Burma Government Medical School reports 1923-41
Year: 1923
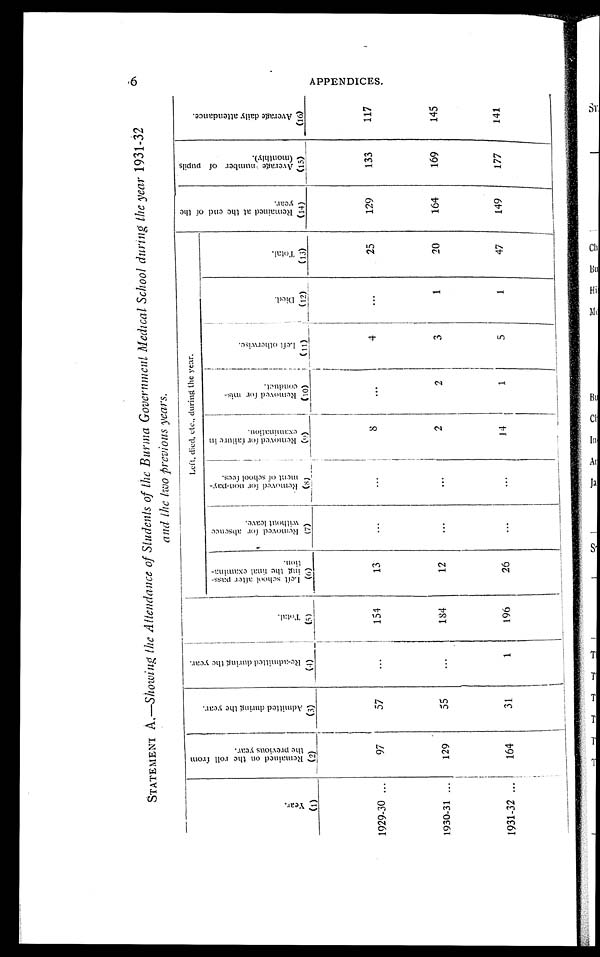
STATEMENT A.—Showing the Attendance of Students of the Burma Government Medical School during the year 1931-32
and the two previous years.
Y e a r .
( 1 )
R e m a i n e d o n t h e r o l l f r o m t h e p r e v i o u s y e a r .
( 2 )
A d m i t t e d d u r i n g t h e y e a r .
( 3 )
R e - a d m i t t e d d u r i n g t h e y e a r .
( 4 )
T o t a l .
( 5 )
R e m a i n e d a t t h e e n d o f t h e y e a r .
( 1 4 )
A v e r a g e n u m b e r o f p u p i l s ( m o n t h l y ) .
( 1 5 )
A v e r a g e d a i l y a t t e n d a n c e .
( 1 6 )
L e f t s c h o o l a f t e r p a s s - i n g t h e f i n a l e x a m i n a - t i o n .
( 6 )
R e m o v e d f o r a b s e n c e w i t h o u t l e a v e .
( 7 )
R e m o v e d f o r n o n - p a y - m e n t o f s c h o o l f e e s .
( 8 )
R e m o v e d f o r f a i l u r e i n e x a m i n a t i o n .
( 9 )
R e m o v e d f o r m i s - c o n d u c t .
( 1 0 )
L e f t o t h e r w i s e .
( 1 1 )
D i e d .
( 1 2 )
T o t a l .
( 1 3 )
1929-30
97
57
. . .
154
13
...
. . .
8
. . .
4
. . .
25
129
133
117
1930-31
129
55
. . .
184
12
. . .
. . .
2
2
3
1
20
164
169
145
1931-32
164
3 1
1
196
26
...
. . .
14
1
5
1
47
149
177
141
6 A P P E N D I C E S .